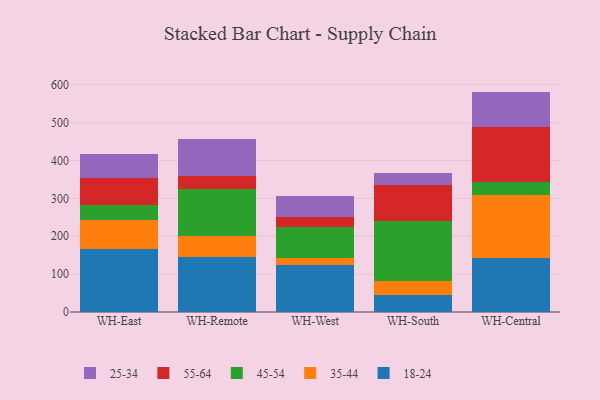
{"axis": {"x": "Warehouse", "y": "Energy Usage (MWh)"}, "legend": ["18-24", "25-34", "35-44", "45-54", "55-64"], "data": [{"x": "WH-East", "y": 165.7, "type": "18-24"}, {"x": "WH-East", "y": 76.5, "type": "35-44"}, {"x": "WH-East", "y": 41.0, "type": "45-54"}, {"x": "WH-East", "y": 71.8, "type": "55-64"}, {"x": "WH-East", "y": 63.4, "type": "25-34"}, {"x": "WH-Remote", "y": 145.0, "type": "18-24"}, {"x": "WH-Remote", "y": 56.8, "type": "35-44"}, {"x": "WH-Remote", "y": 124.1, "type": "45-54"}, {"x": "WH-Remote", "y": 34.1, "type": "55-64"}, {"x": "WH-Remote", "y": 96.5, "type": "25-34"}, {"x": "WH-West", "y": 125.4, "type": "18-24"}, {"x": "WH-West", "y": 17.6, "type": "35-44"}, {"x": "WH-West", "y": 82.4, "type": "45-54"}, {"x": "WH-West", "y": 25.9, "type": "55-64"}, {"x": "WH-West", "y": 56.1, "type": "25-34"}, {"x": "WH-South", "y": 44.3, "type": "18-24"}, {"x": "WH-South", "y": 36.5, "type": "35-44"}, {"x": "WH-South", "y": 160.2, "type": "45-54"}, {"x": "WH-South", "y": 93.1, "type": "55-64"}, {"x": "WH-South", "y": 33.0, "type": "25-34"}, {"x": "WH-Central", "y": 143.2, "type": "18-24"}, {"x": "WH-Central", "y": 164.6, "type": "35-44"}, {"x": "WH-Central", "y": 36.0, "type": "45-54"}, {"x": "WH-Central", "y": 144.5, "type": "55-64"}, {"x": "WH-Central", "y": 93.7, "type": "25-34"}]}